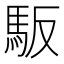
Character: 𲋴